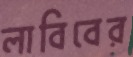
লাবিবের